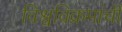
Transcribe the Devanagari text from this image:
विश्वविक्रमांची